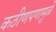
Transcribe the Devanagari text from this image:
कठीणपणामुळे